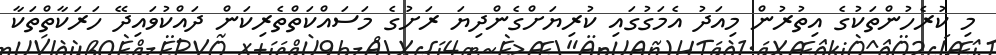
މި ކުރެހުންތަކުގެ އިތުރުން މިއަދު އެމަގުގައި ކުރިޔަށްގެންދިޔަ ރަށުގެ މަސައްކަތްތެރިކަން ދައްކުވައިދޭ ހަރަކާތްތަކާ